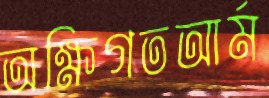
অক্ষিগতআর্ম